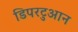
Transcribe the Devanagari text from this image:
डिपरटुआन